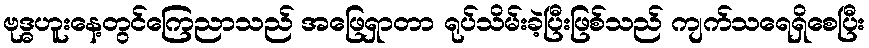
ဗုဒ္ဓဟူးနေ့တွင်ကြေညာသည် အဖြေရှာတာ ရုပ်သိမ်းခဲ့ပြီးဖြစ်သည် ကျက်သရေရှိစေပြီး